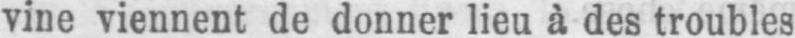
vine viennent de donner lieu à des troubles